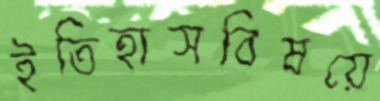
ইতিহাসবিষয়ে